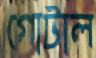
গোটাল